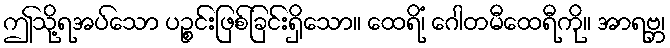
ဤသို့ရအပ်သော ပဉ္စင်းဖြစ်ခြင်းရှိသော။ ထေရိံ၊ ဂေါတမီထေရီကို။ အာရဗ္ဘ၊